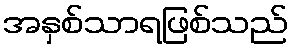
အနှစ်သာရဖြစ်သည်